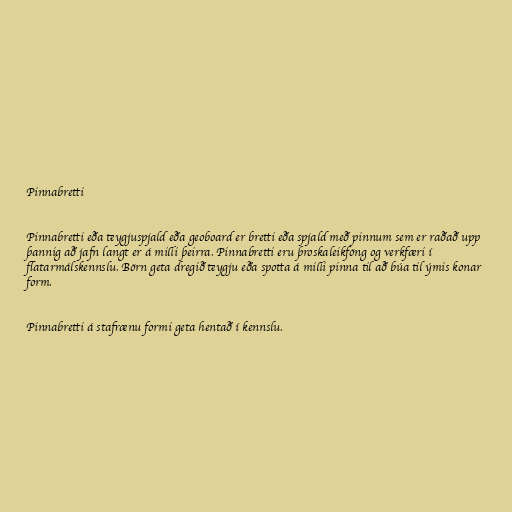
Pinnabretti

Pinnabretti eða teygjuspjald eða geoboard er bretti eða spjald með pinnum sem er raðað upp
þannig að jafn langt er á milli þeirra. Pinnabretti eru þroskaleikföng og verkfæri í
flatarmálskennslu. Börn geta dregið teygju eða spotta á milli pinna til að búa til ýmis konar
form.

Pinnabretti á stafrænu formi geta hentað í kennslu.